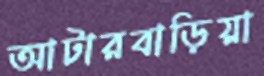
আটারবাড়িয়া